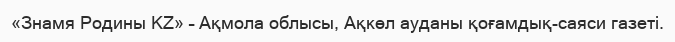
«Знамя Родины KZ» – Ақмола облысы, Ақкөл ауданы қоғамдық-саяси газеті.